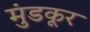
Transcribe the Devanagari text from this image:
मुंडकूर